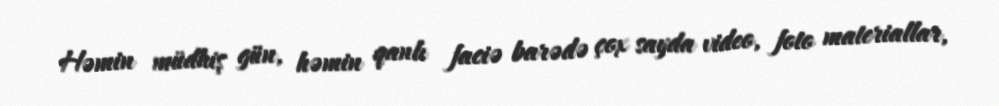
Həmin müdhiş gün, həmin qanlı faciə barədə çox sayda video, foto materiallar,